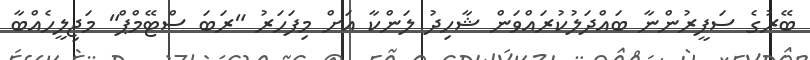
ބޭރުގެ ސަފީރުންނާ ބައްދަލުކުރައްވަން ޝާހިދު ލަންކާ އަށް މިފަހަރު "ރަބަ ސްޓޭމްޕް" މަޖިލީހެއްބާ